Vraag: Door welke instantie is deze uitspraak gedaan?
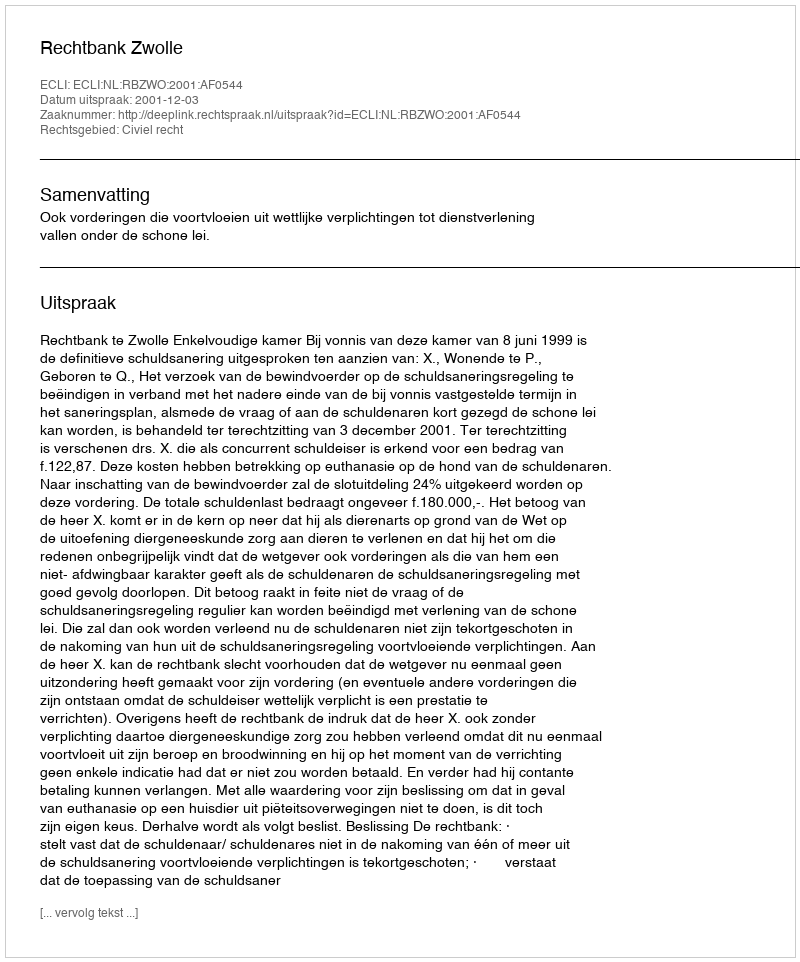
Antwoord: Rechtbank Zwolle